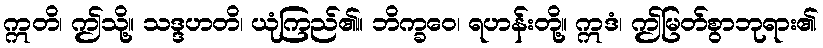
ဣတိ၊ ဤသို့။ သဒ္ဒဟတိ၊ ယုံကြည်၏။ ဘိက္ခဝေ၊ ရဟန်းတို့။ ဣဒံ၊ ဤမြတ်စွာဘုရား၏